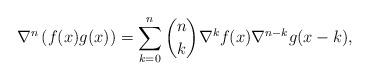
LaTeX: \begin{align*}\nabla^n\left(f(x) g(x)\right)=\sum_{k=0}^{n}\binom{n}{k}\nabla^k f(x)\nabla^{n-k} g(x-k) , \end{align*}